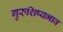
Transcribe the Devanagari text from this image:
गुरुशिष्यभाव